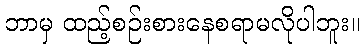
ဘာမှ ထည့်စဉ်းစားနေစရာမလိုပါဘူး။